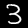
Digit: 3